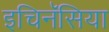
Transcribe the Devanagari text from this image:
इचिनॅसिया